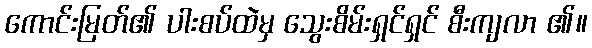
ကောင်းမြတ်၏ ပါးစပ်ထဲမှ သွေးစိမ်းရှင်ရှင် စီးကျလာ ၏။